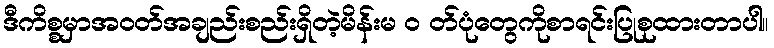
ဒီကိစ္စမှာအဝတ်အချည်းစည်းရှိတဲ့မိန်းမ ၀ တ်ပုံတွေကိုစာရင်းပြုစုထားတာပါ။